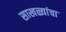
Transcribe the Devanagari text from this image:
साखळ्यांचा